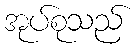
အုပ်စုသည်